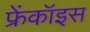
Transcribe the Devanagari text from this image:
फ्रेंकॉइस